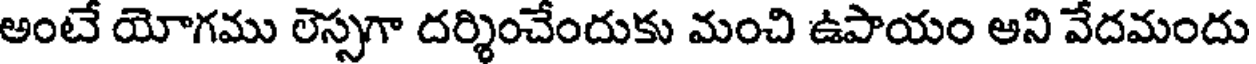
అంటే యోగము లెస్సగా దర్శించేందుకు మంచి ఉపాయం ఆని వేదమందు